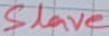
Text: Slave